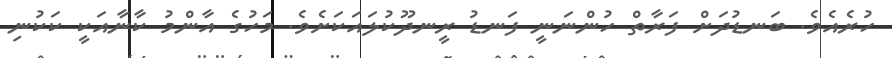
ހުރެެެއެވެ. ބަނޑުދަށް ފަރާތް ހުންނަނީ ފަނޑު ރީނދޫކުލައަކަށެވެ. މަހުގެ އާންމު ކާނާއަކީ ކަކުނި